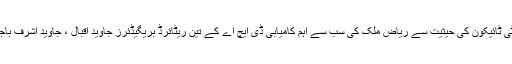
ڈیفنس ہاﺅسنگ کے ایک سابق ڈائریکٹر کرنل محمد طارق کمال آن ریکارڈ کہتے ہیں کہ پراپرٹی ٹائیکون کی حیثیت سے ریاض ملک کی سب سے اہم کامیابی ڈی ایچ اے کے تین ریٹائرڈ بریگیڈئرز جاوید اقبال ، جاوید اشرف باجوہ ، اور مختار احمد طارق کے ذریعے لیفٹیننٹ جنرل امتیاز حسین تک رسائی حاصل کرنا تھا۔